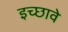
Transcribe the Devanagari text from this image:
इच्छावे